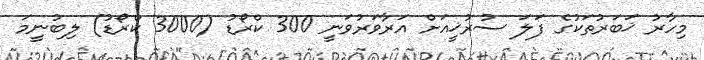
މިހާރު ޚަބަރުތަކުގެ ފަލަ ސުރުޚީއަށް އަރާވަރުވަނީ 300 ކްރޯޑު (3000 ކްރޯޑު) ލިބުނީމަ